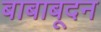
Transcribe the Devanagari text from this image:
बाबाबूदन